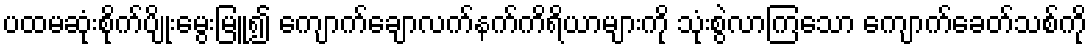
ပထမဆုံးစိုက်ပျိုးမွေးမြူ၍ ကျောက်ချောလက်နက်ကိရိယာများကို သုံးစွဲလာကြသော ကျောက်ခေတ်သစ်ကို